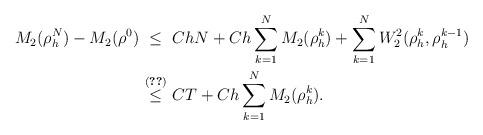
LaTeX: \begin{align*}M_2(\rho_h^N) - M_2(\rho^0) &\ \leq\ C hN + C h \sum \limits_{k=1}^N M_2(\rho_h^k) + \sum \limits_{k=1}^N W_2^2(\rho_h^k, \rho_h^{k-1}) \\&\ \stackrel{\mathclap{\eqref{estimate_for_the_distance_sum_refined}}}{\leq}\ C T + C h \sum \limits_{k=1}^N M_2(\rho_h^k) .\end{align*}